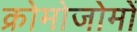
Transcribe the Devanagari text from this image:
क्रोमोजोमों